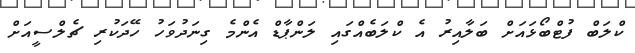
ކްލަބް ފުޓްބޯޅައަށް ބަލާއިރު އެ ކްލަބެއްގައި ލަންޕާޑް އެންމެ ގިނަދުވަހު ހޭދަކުރި ޗެލްސީއަށް